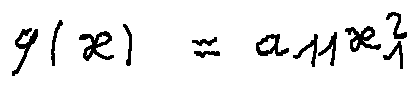
q ( x ) = a _ { 1 1 } x _ { 1 } ^ { 2 }